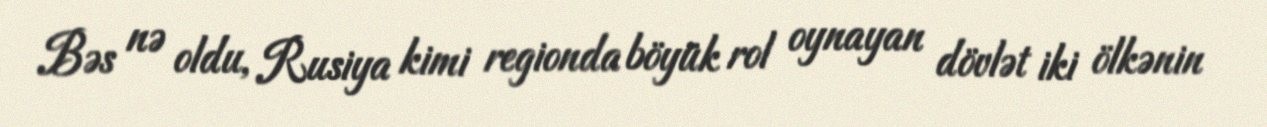
Bəs nə oldu, Rusiya kimi regionda böyük rol oynayan dövlət iki ölkənin